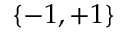
\{ - 1 , + 1 \}